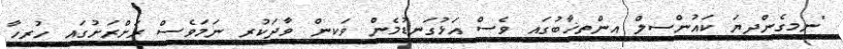
"ނިމިގެންދިޔަ ކައުންސިލް އިންތިޚާބުގައި ވެސް އަޅުގަނޑުމެން ވަކިން ވާދަކުރި ނަމަވެސް ރަށްރަށުގައި ހުރިހާ